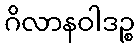
ဂိလာနဝါဒဉ္စ